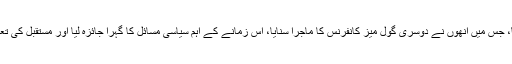
اقبال نے خطبۂ صدارت پڑھا، جس میں انھوں نے دوسری گول میز کانفرنس کا ماجرا سنایا، اس زمانے کے اہم سیاسی مسائل کا گہرا جائزہ لیا اور مستقبل کی تعمیر کے امکانات پر نظر ڈالی۔